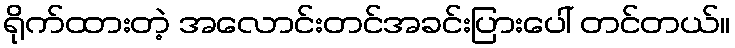
ရိုက်ထားတဲ့ အလောင်းတင်အခင်းပြားပေါ် တင်တယ်။